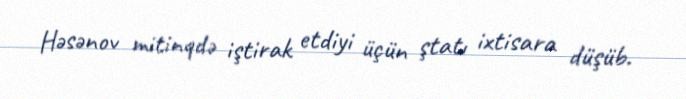
Həsənov mitinqdə iştirak etdiyi üçün ştatı ixtisara düşüb.